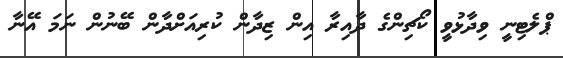
ޕްލެޓިނީ ވިދާޅުވީ ކޯޗިންގެ ދާއިރާ އިން ޒިދާން ކުރިއަށްދާން ބޭނުން ނަމަ އޭނާ